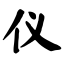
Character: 仪